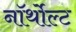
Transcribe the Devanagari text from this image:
नॉर्थोल्ट